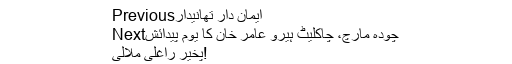
Previousایمان دار تھانیدار
Nextچودہ مارچ، چاکلیٹ ہیرو عامر خان کا یومِ پیدائش
پخیر راغلی ملالی!